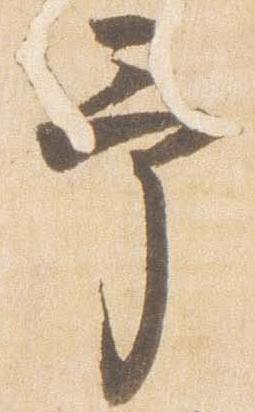
予